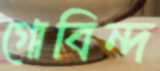
গোবিন্দ